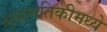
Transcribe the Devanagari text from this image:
शुद्धगतिकीमध्ये